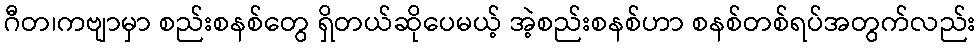
ဂီတ၊ကဗျာမှာ စည်းစနစ်တွေ ရှိတယ်ဆိုပေမယ့် အဲ့စည်းစနစ်ဟာ စနစ်တစ်ရပ်အတွက်လည်း